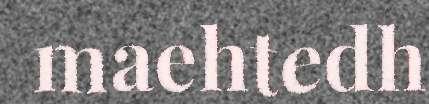
maehtedh